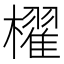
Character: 櫂